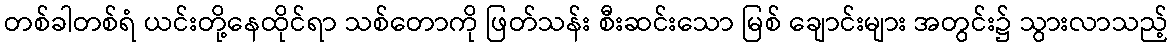
တစ်ခါတစ်ရံ ယင်းတို့နေထိုင်ရာ သစ်တောကို ဖြတ်သန်း စီးဆင်းသော မြစ် ချောင်းများ အတွင်း၌ သွားလာသည့်